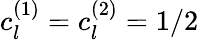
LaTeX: c_{l}^{(1)}=c_{l}^{(2)}=1/2